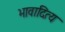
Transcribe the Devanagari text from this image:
भावादित्य